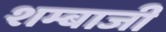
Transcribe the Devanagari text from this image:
शम्बाजी